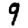
Digit: 9